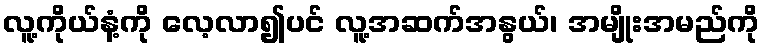
လူ့ကိုယ်နံ့ကို လေ့လာ၍ပင် လူ့အဆက်အနွယ်၊ အမျိုးအမည်ကို